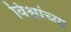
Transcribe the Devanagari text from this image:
विश्वांच्या